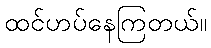
ထင်ဟပ်နေကြတယ်။